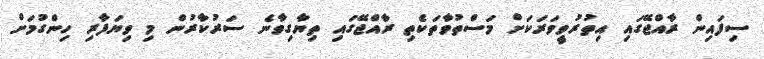
ސިފައިން ރާއްޖޭގައި އިތުރުވީވަރަކަށް މަސްތުވާތަކެތި ރާއްޖޭގައި ތިޔާގިވާނެ ސަރުކާރުން މި ވިޔަފާރި ހިންގުމަށް